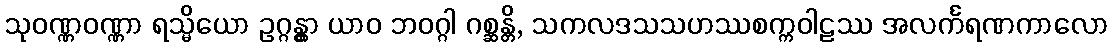
သုဝဏ္ဏဝဏ္ဏာ ရသ္မိယော ဥဂ္ဂန္တွာ ယာဝ ဘဝဂ္ဂါ ဂစ္ဆန္တိ, သကလဒသသဟဿစက္ကဝါဠဿ အလင်္ကရဏကာလော